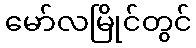
မော်လမြိုင်တွင်